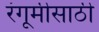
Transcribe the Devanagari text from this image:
रंगूमीसाठी